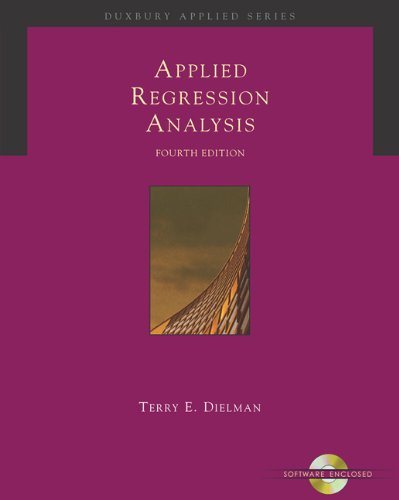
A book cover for Applied Regression Analysis: A Second Course in Business and Economic Statistics (Book, CD-ROM & InfoTrac); Terry E. Dielman; Business & Money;